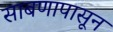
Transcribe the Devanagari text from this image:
साबणापासून